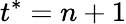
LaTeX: t^{*}=n+1